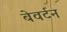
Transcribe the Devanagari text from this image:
बेवर्टन